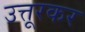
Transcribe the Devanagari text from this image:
उत्तूरकर